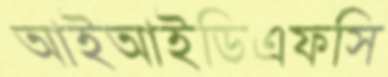
আইআইডিএফসি